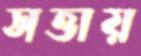
সত্তায়